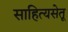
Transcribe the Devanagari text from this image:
साहित्यसेतू